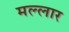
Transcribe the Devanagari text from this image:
मल्लार